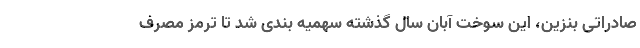
صادراتی بنزین، این سوخت آبان سال گذشته سهمیه بندی شد تا ترمز مصرف